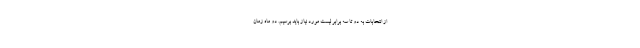
از انتخابات به دو تا سه برابر لیست مورد نیاز باید برسیم. دو ماه زمان